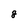
Character: 8